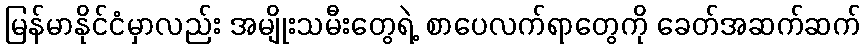
မြန်မာနိုင်ငံမှာလည်း အမျိုးသမီးတွေရဲ့ စာပေလက်ရာတွေကို ခေတ်အဆက်ဆက်